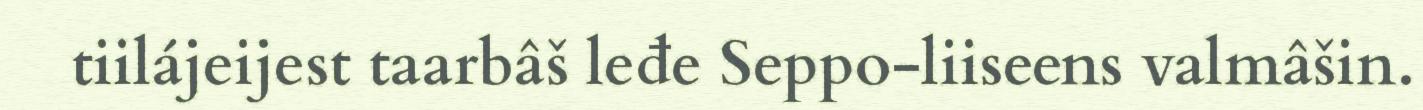
tiilájeijest taarbâš leđe Seppo-liiseens valmâšin.